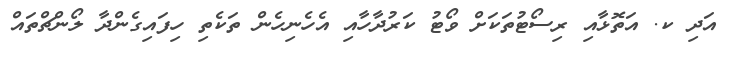
އަދި ކ. އަތޮޅާއި ރިސޯޓުތަކަށް ވޯޓު ކަރުދާހާއި އެހެނިހެން ތަކެތި ހިފައިގެންދާ ލޯންޗްތައް